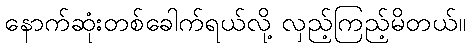
နောက်ဆုံးတစ်ခေါက်ရယ်လို့ လှည့်ကြည့်မိတယ်။